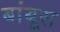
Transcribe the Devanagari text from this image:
बांबूस